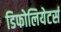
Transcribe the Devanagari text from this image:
डिफोलियेटर्स